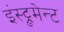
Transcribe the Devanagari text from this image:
इंस्ट्रुमेन्ट